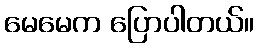
မေမေက ပြောပါတယ်။